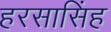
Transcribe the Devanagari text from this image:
हरसासिंह